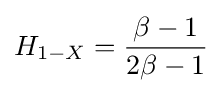
H_{1-X}={\frac {\beta -1}{2\beta -1}}